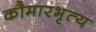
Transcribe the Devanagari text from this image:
कौमारभृत्‍य